Medical and sanitary report of the native army of Madras for the year
Year: 1877
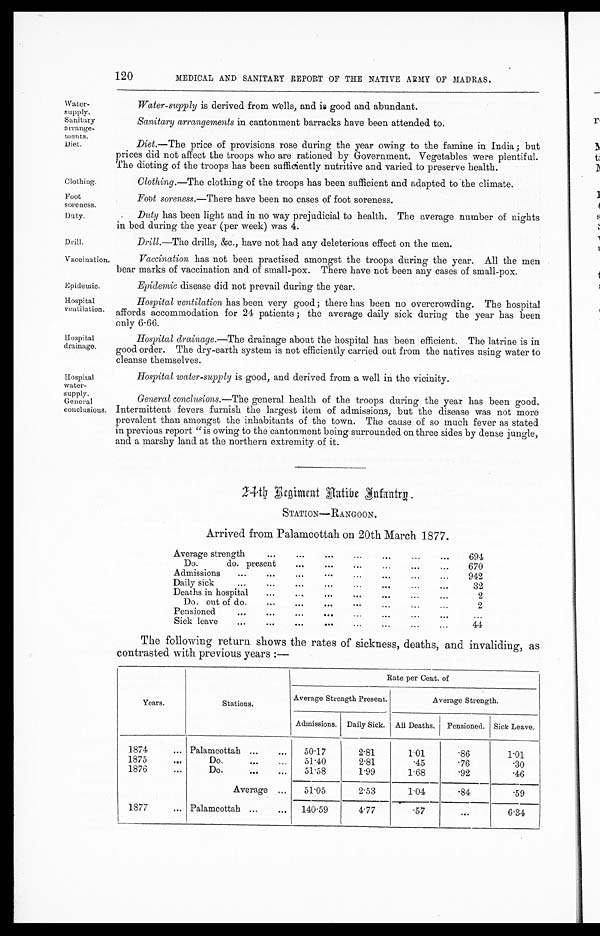
water-
supply.
Sanitary
arrange-
ments.
Diet.
Foot
soreness.
Duty.
Vaccination.
Epidemic.
Hospital
ventilation.
Hospital
drainage.
Hospital
water-
supply.
General
conclusions.
120
MEDICAL AND SANITARY REPORT OF THE NATIVE ARMY OF MADRAS.
Water-supply is derived from wells, and is good and abundant
Sanitary arrangements in cantonment barracks have been attended to.
Diet.—The price of provisions rose during the year owing to the famine in India ; but
prices did not affect the troops who are rationed by Government. Vegetables were plentiful.
The dieting of the troops has been sufficiently nutritive and varied to preserve health.
Clothing
Clothing.—The clothing of the troops has been sufficient and adapted to the climate.
Foot soreness.—There have been no cases of foot soreness.
Duty has been light and in no way prejudicial to health. The average number of nights.
in bed during the year (per week) was 4.
Drill.
Drill.—The drills, &c., have not had any deleterious effect on the men.
Vaccination has not been practised amongst the troops during the year. All the men
bear marks of vaccination and of small-pox. There have not been any cases of small-pox.
Epidemic disease did not prevail during the year.
Hospital ventilation has been very good ; there has been no overcrowding. The hospital
affords accommodation for 24 patients ; the average daily sick during the year has been
only 6.66.
Hospital drainage.—The drainage about the hospital has been efficient. The latrine is in
good order. The dry-earth system is not efficiently carried out from the natives using water to
cleanse themselves.
Hospital water-supply is good, and derived from a well in the vicinity.
General conclusions.—The general health of the troops during the year has been good.
Intermittent fevers furnish the largest item of admissions, but the disease was not more
prevalent than amongst the inhabitants of the town. The cause of so much fever as stated
in previous report "is owing to the cantonment being surrounded on three sides by dense jungle,
and a marshy land at the northern extremity of it.
24th Regiment Native Infantry.
STATION—RANGOON.
Arrived from Palamcottah on 20th March 1877.
Average strength
...
...
...
...
...
... . . .
694
Do. do. present
...
...
...
...
... . . .
670
Admissions ...
...
...
...
...
...
... . . .
942
Daily sick
...
...
...
...
...
...
...
32
Deaths in hospital ...
..
...
...
...
...
2
Do. out of do.
...
...
...
...
...
...
...
2
Pensioned
...
...
. . .
. . .
. . .
. . .
. . .
. . .
. . .
. . .
Sick leave ...
...
...
...
...
...
...
... . . .
44
The following return shows the rates of sickness, deaths, and invaliding, as
contrasted with previous years :—
Years.
Stations.
Rate per Cent. of
Average Strength Present.
Average Strength.
Admissions. Daily Sick. All Deaths. Pensioned. Sick Leave.
1874
... Palamcottah ...
... 50.17
2.81
1.01
.86
1.01
1875
...
Do.
...
... 51.40
2.81
.45
.76
.30
1876
...
Do.
...
... 51.58
1.99
1.68
.92
.46
Average . . .
51.05
2.53
1.04
.84
.59
1877
... Palamcottah ...
. . . 140.59
4.77
.57
...
6.34